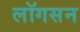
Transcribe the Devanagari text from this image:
लॉगसन